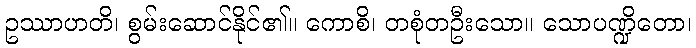
ဥဿာဟတိ၊ စွမ်းဆောင်နိုင်၏။ ကောစိ၊ တစုံတဦးသော။ သောပဏ္ဍိတော၊